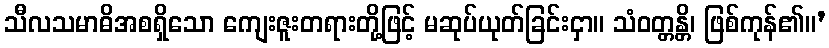
သီလသမာဓိအစရှိသော ကျေးဇူးတရားတို့ဖြင့် မဆုပ်ယုတ်ခြင်းငှာ။ သံဝတ္တန္တိ၊ ဖြစ်ကုန်၏။’